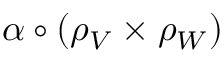
\alpha \circ ( \rho _ { V } \times \rho _ { W } )